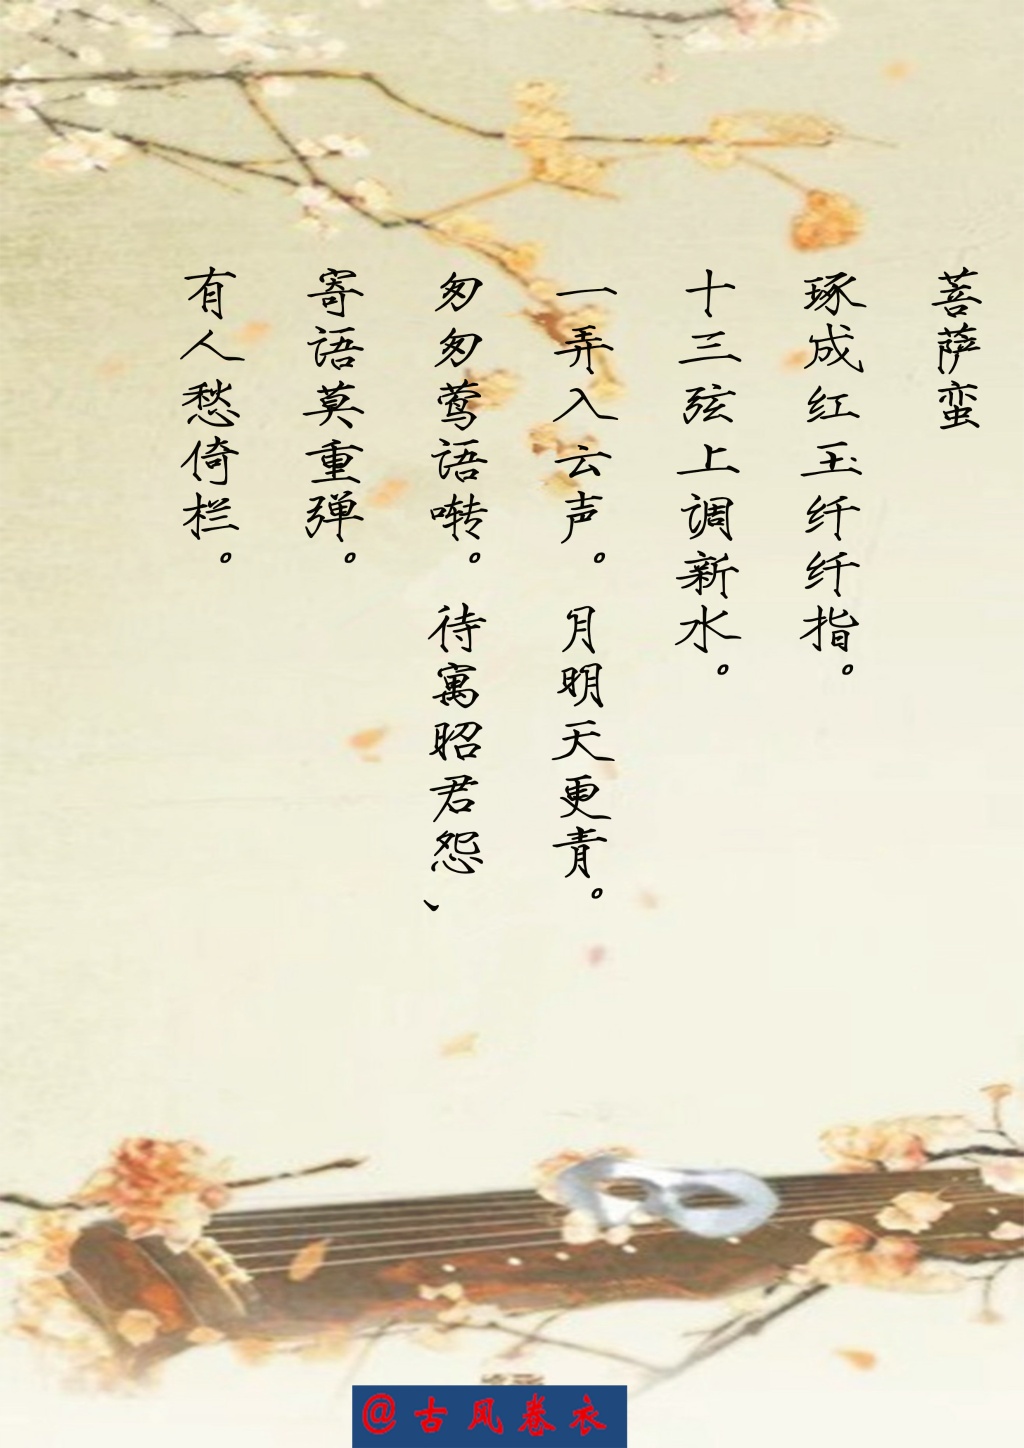
洞庭青草，近中秋，更无一点风色。